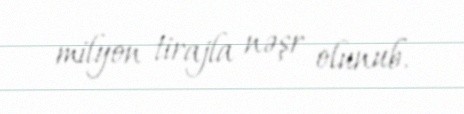
milyon tirajla nəşr olunub.